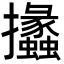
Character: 攭